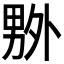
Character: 𠨃